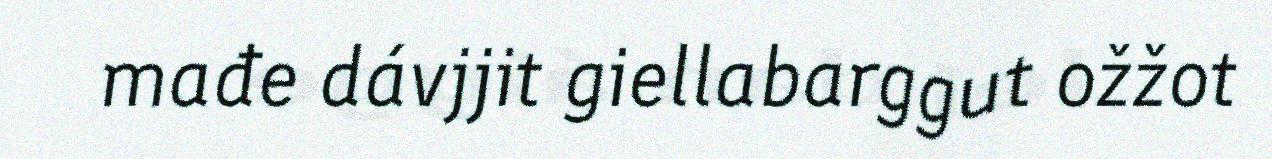
mađe dávjjit giellabarggut ožžot